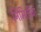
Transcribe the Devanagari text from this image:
निमिर्तीचा